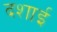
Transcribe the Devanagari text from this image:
दशाई